Problem: 7 × 3 = ?
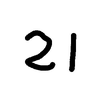
Handwritten answer: 21